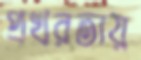
প্রখরতায়